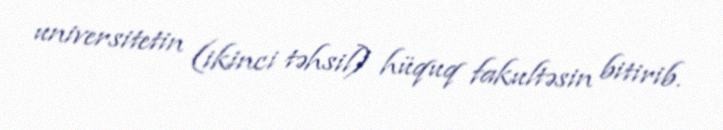
universitetin (ikinci təhsil) hüquq fakultəsin bitirib.